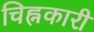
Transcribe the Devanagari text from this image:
चिह्नकारी